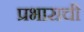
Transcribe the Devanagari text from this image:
प्रभाराची